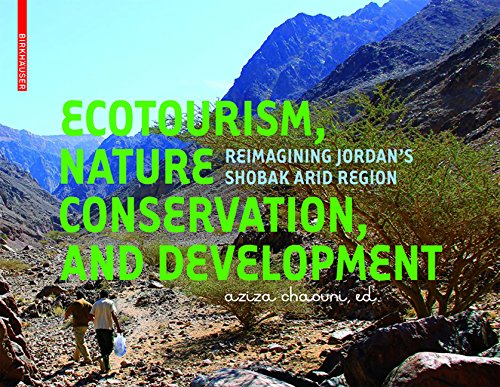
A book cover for Ecotourism, Nature Conservation and Development; Aziza Chaouni; Arts & Photography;